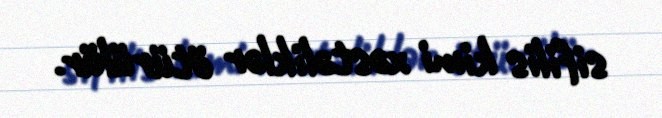
sifilis kimi xəstəliklər ötürülür.